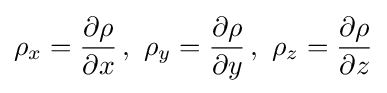
\rho _{x}={\frac {\partial \rho }{\partial x}}\,,\ \rho _{y}={\frac {\partial \rho }{\partial y}}\,,\ \rho _{z}={\frac {\partial \rho }{\partial z}}